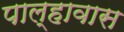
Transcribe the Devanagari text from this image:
पाल्हावास